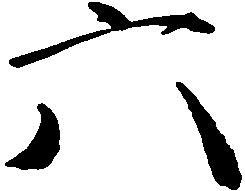
六